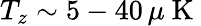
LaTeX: T_{z}\sim 5-40\, \mu\mathrm{~K~}